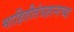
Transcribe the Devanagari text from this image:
माहितीतंत्रज्ञानाच्या